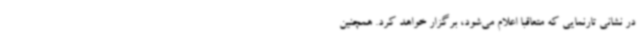
در نشانی تارنمایی که متعاقبا اعلام می‌شود، برگزار خواهد کرد. همچنین